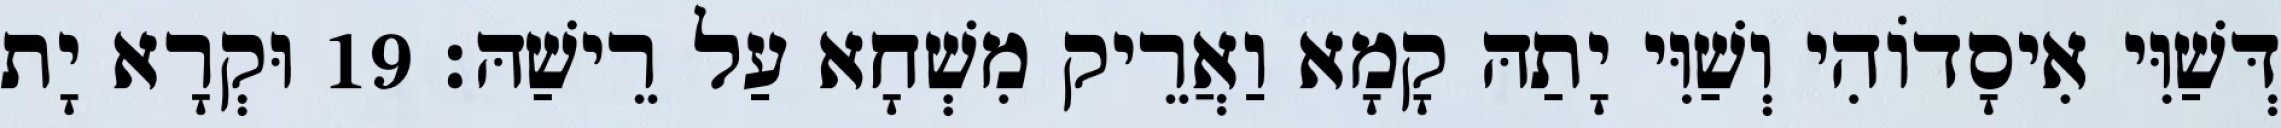
דְּשַׁוִּי אִיסָדוֹהִי וְשַׁוִּי יָתַהּ קָמָא וַאֲרֵיק מִשְׁחָא עַל רֵישַׁהּ׃ 19 וּקְרָא יָת